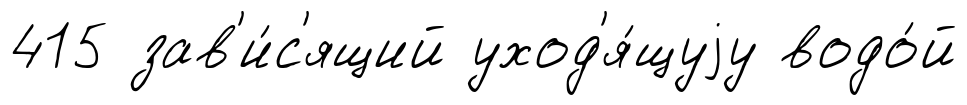
415 зав'и́с'ящий уход'я́щуjу водо́й